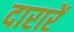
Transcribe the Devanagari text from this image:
दारारें